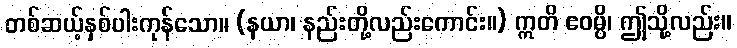
တစ်ဆယ့်နှစ်ပါးကုန်သော။ (နယာ၊ နည်းတို့လည်းကောင်း။) ဣတိ ဧဝမ္ပိ၊ ဤသို့လည်း။